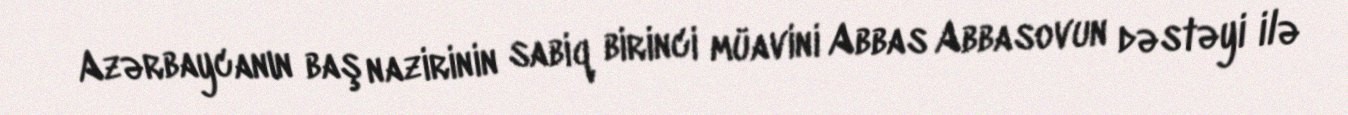
Azərbaycanın baş nazirinin sabiq birinci müavini Abbas Abbasovun dəstəyi ilə